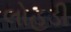
લોહડી